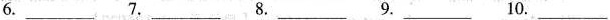
6.___ 7.___ 8.___ 9.___ 10.___